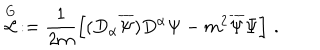
LaTeX: \stackrel { \mathrm { G } } { { \mathcal L } } \, : = \frac { 1 } { 2 m } \left[ ( D _ { \alpha } \overline { { { \Psi } } } ) D ^ { \alpha } \Psi - m ^ { 2 } \overline { { { \Psi } } } \Psi \right] \, .